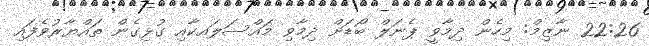
22:26 ނާޒިމް: މިހެން ދިމާވީ ޕެނަލް ބޯޑަށް ދިމާވި މައްސަލައކާއި ގުޅިގެން ތައްޔާރުވެފައި